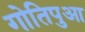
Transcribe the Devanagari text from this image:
गोतिपुआ